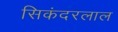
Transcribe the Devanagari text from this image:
सिकंदरलाल